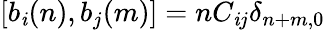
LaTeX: [b_{\mathit{i}}(n),b_{j}(m)]=nC_{\mathit{i}j}\delta_{n+m,0}